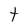
Character: t